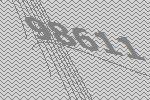
98611